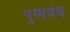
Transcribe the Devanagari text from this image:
पुष्पबंध